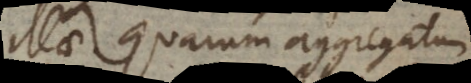
illae quarum aggregatum